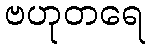
ဗဟုတရေ